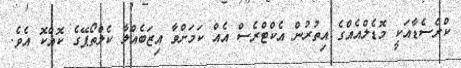
ކްރެސެޑާއަކީ މޮޑެލްއެއްގެ އިތުރުން އެކްޓްރެސް އެއް ކަމަށްވާ އިޒަބެއްލާ ކެލްތޯޕޭގެ ކޮއްކޮ އެވެ.